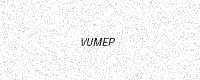
Text: VUMEP